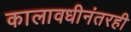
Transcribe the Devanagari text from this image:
कालावधीनंतरही